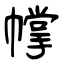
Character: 幥